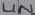
Text: LIN